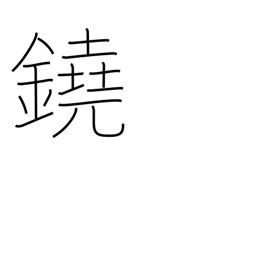
Meaning: gong